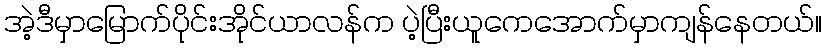
အဲ့ဒီမှာမြောက်ပိုင်းအိုင်ယာလန်က ပဲ့ပြီးယူကေအောက်မှာကျန်နေတယ်။